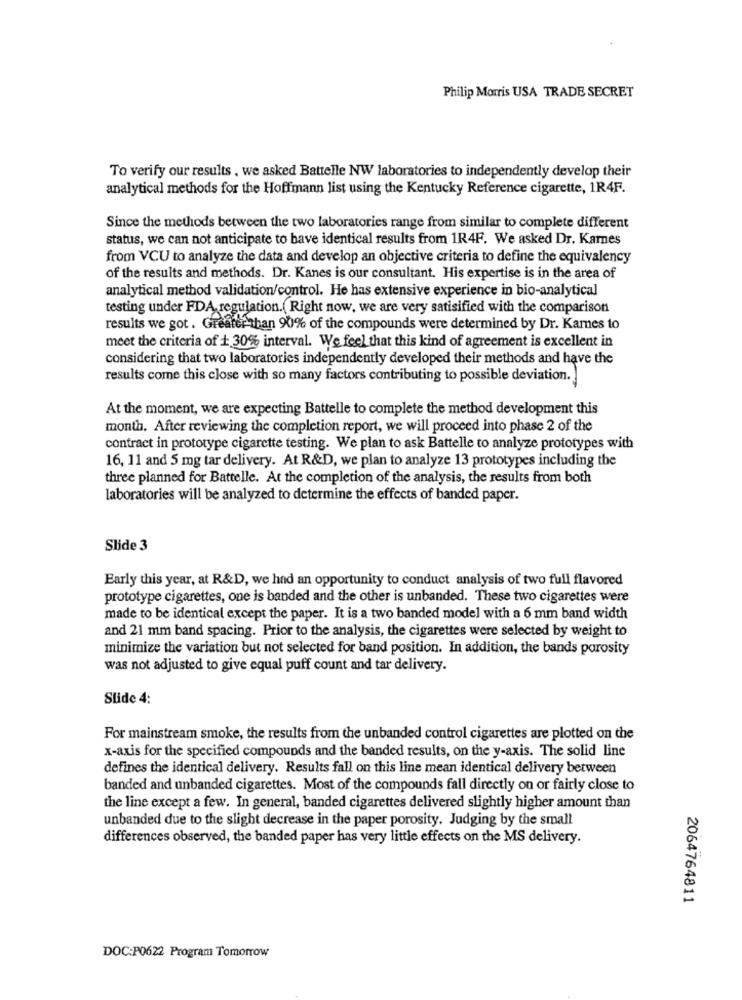
Philip Morris USA TRADE SECRET
To verify our results , we asked Battelle NW laboratories to independently develop their
analytical methods for the Hoffmann list using the Kentucky Reference cigarette, 1R4F.
Since the methods between the two laboratories range from similar to complete different
status, we can not anticipate to bave identical results from 1R4F. We asked Dr. Karnes
from VCU to analyze the data and develop an objective criteria to define the equivalency
of the results and methods. Dr. Kanes is our consultant. His expertise is in the area of
analytical method validation/control. He has extensive experience in bio-analytical
testing under FDA, regulation.( Right now, we are very satisified with the comparison
results we got. Greater than 90% of the compounds were determined by Dr. Kames to
meet the criteria of + 30% interval. We feel that this kind of agreement is excellent in
considering that two laboratories independently developed their methods and have the
results come this close with so many factors contributing to possible deviation.
At the moment, we are expecting Battelle to complete the method development this
month. After reviewing the completion report, we will proceed into phase 2 of the
contract in prototype cigarette testing. We plan to ask Battelle to analyze prototypes with
16, 11 and 5 mg tar delivery. At R&D, we plan to analyze 13 prototypes including the
three planned for Battelle. At the completion of the analysis, the results from both
laboratories will be analyzed to determine the effects of banded paper.
Slide 3
Early this year, at R&D, we had an opportunity to conduct analysis of two full flavored
prototype cigarettes, one is banded and the other is unbanded. These two cigarettes were
made to be identical except the paper. It is a two banded model with a 6 mm band width
and 21 mm band spacing. Prior to the analysis, the cigarettes were selected by weight to
minimize the variation but not selected for band position. In addition, the bands porosity
was not adjusted to give equal puff count and tar delivery.
Slide 4:
For mainstream smoke, the results from the unbanded control cigarettes are plotted on the
x-axis for the specified compounds and the banded results, on the y-axis. The solid line
defines the identical delivery. Results fall on this line mean identical delivery between
banded and unbanded cigarettes. Most of the compounds fall directly on or fairly close to
the line except a few. In general, banded cigarettes delivered slightly higher amount than
unbanded due to the slight decrease in the paper porosity. Judging by the small
differences observed, the banded paper has very little effects on the MS delivery.
2064764811
DOC:P0622 Program Tomorrow